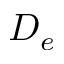
D _ { e }